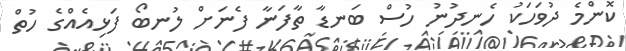
ކޮންމެ ދުވަހަކު ހެނދުނު ހުސް ބަނޑާ ތާފަނާ ފެނަށް ލުނބޯ ފަޅިއެއްގެ ހުތް